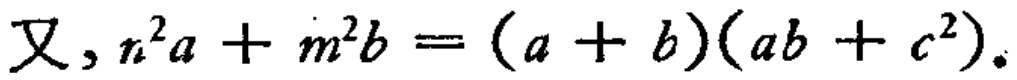
又, \(n^{2}a + m^{2}b = (a + b)(ab + c^{2})\).